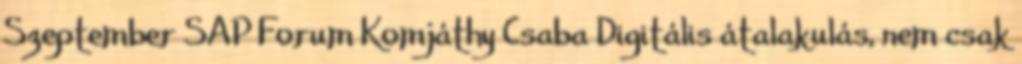
Szeptember SAP Forum Komjáthy Csaba Digitális átalakulás, nem csak